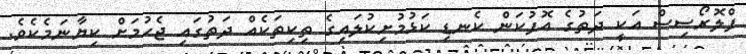
ފްލޮރޯސިސް އަކީ ދަތުގެ އޮފުކަން ކެނޑި ކަޅުމުށިކުލައިގެ ތިކިތަކެއް ދަތުގައި ޖެހުމަށް ކިޔާނަމެކެވެ.